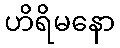
ဟိရိမနော